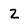
Character: z